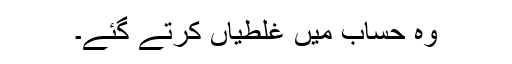
وہ حساب میں غلطیاں کرتے گئے۔